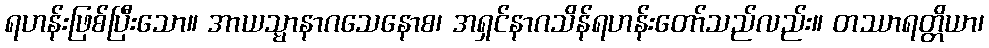
ရဟန်းဖြစ်ပြီးသော။ အာယသ္မာနာဂသေနောစ၊ အရှင်နာဂသိန်ရဟန်းတော်သည်လည်း။ တဿာရတ္တိယာ၊